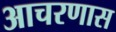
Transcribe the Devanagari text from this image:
आचरणास